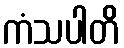
ကံသပါတိ